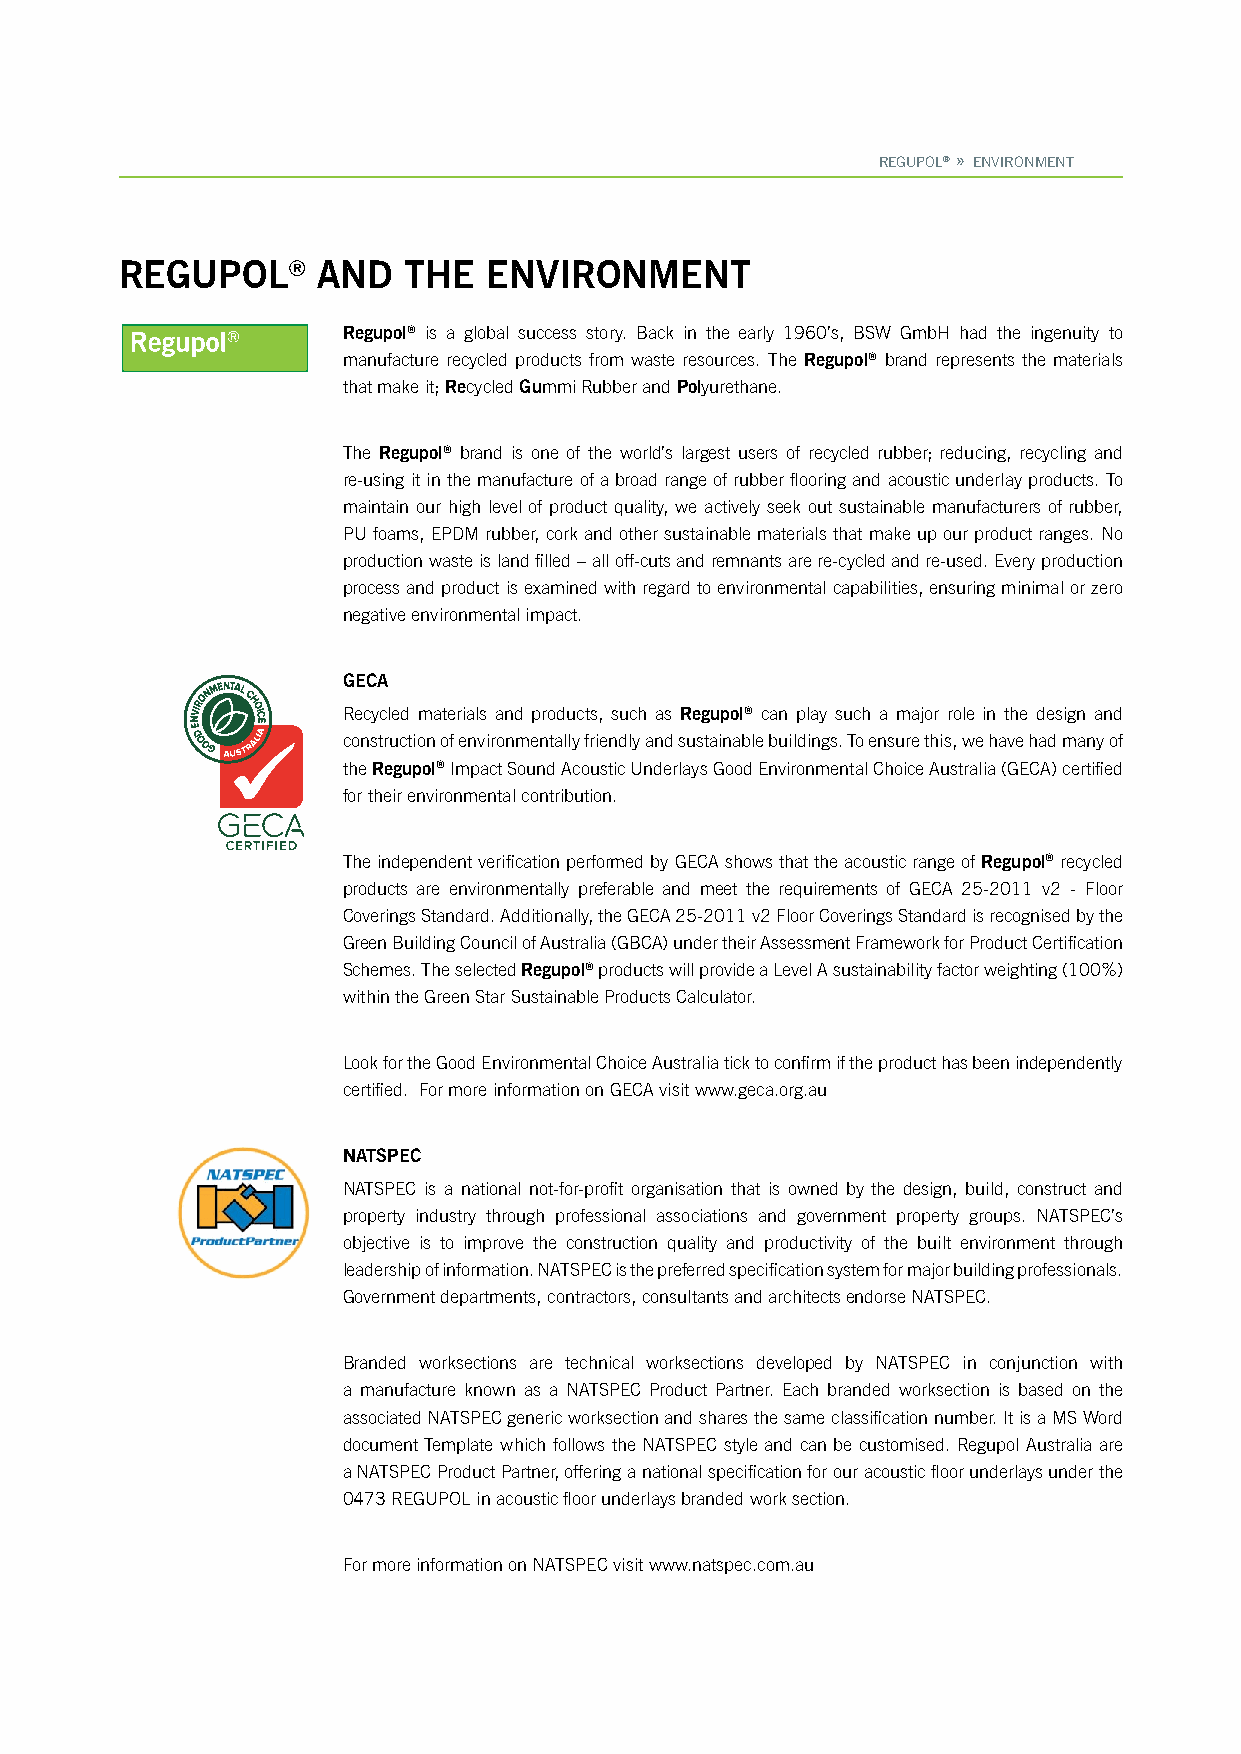
REGUPOL® » ENVIRONMENT
 REGUPOL®     AND   THE  ENVIRONMENT
 Regupol® is a global success story. Back in the early 1960’s, BSW GmbH had the ingenuity to
 manufacture recycled products from waste resources. The Regupol® brand represents the materials
 that make it; Recycled Gummi Rubber and Polyurethane.
 The Regupol® brand is one of the world’s largest users of recycled rubber; reducing, recycling and
 re-using it in the manufacture of a broad range of rubber flooring and acoustic underlay products. To
 maintain our high level of product quality, we actively seek out sustainable manufacturers of rubber,
 PU foams, EPDM rubber, cork and other sustainable materials that make up our product ranges. No
 production waste is land filled – all off-cuts and remnants are re-cycled and re-used. Every production
 process and product is examined with regard to environmental capabilities, ensuring minimal or zero
 negative environmental impact.
 GECA
 Recycled materials and products, such as Regupol® can play such a major role in the design and
 construction of environmentally friendly and sustainable buildings. To ensure this, we have had many of
 the Regupol® Impact Sound Acoustic Underlays Good Environmental Choice Australia (GECA) certified
 for their environmental contribution.
 The independent verification performed by GECA shows that the acoustic range of Regupol® recycled
 products are environmentally preferable and meet the requirements of GECA 25-2011 v2 - Floor
 Coverings Standard. Additionally, the GECA 25-2011 v2 Floor Coverings Standard is recognised by the
 Green Building Council of Australia (GBCA) under their Assessment Framework for Product Certification
 Schemes. The selected Regupol® products will provide a Level A sustainability factor weighting (100%)
 within the Green Star Sustainable Products Calculator.
 Look for the Good Environmental Choice Australia tick to confirm if the product has been independently
 certified. For more information on GECA visit www.geca.org.au
 NATSPEC
 NATSPEC is a national not-for-profit organisation that is owned by the design, build, construct and
 property industry through professional associations and government property groups. NATSPEC’s
 objective is to improve the construction quality and productivity of the built environment through
 leadership of information. NATSPEC is the preferred specification system for major building professionals.
 Government departments, contractors, consultants and architects endorse NATSPEC.
 Branded worksections are technical worksections developed by NATSPEC in conjunction with
 a manufacture known as a NATSPEC Product Partner. Each branded worksection is based on the
 associated NATSPEC generic worksection and shares the same classification number. It is a MS Word
 document Template which follows the NATSPEC style and can be customised. Regupol Australia are
 a NATSPEC Product Partner, offering a national specification for our acoustic floor underlays under the
 0473 REGUPOL in acoustic floor underlays branded work section.
 For more information on NATSPEC visit www.natspec.com.au